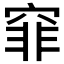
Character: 𥦯